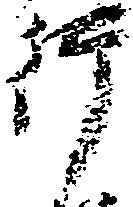
行